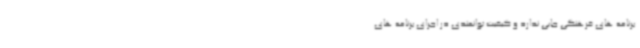
برنامه های فرهنگی جایی ندارد و کیفیت توانمندی در اجرای برنامه های